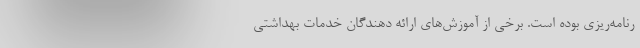
رنامه‌ریزی بوده است. برخی از آموزش‌های ارائه دهندگان خدمات بهداشتی